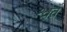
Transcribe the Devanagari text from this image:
श्वेते